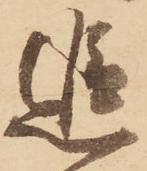
追